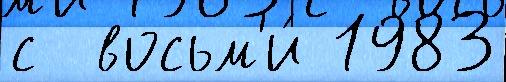
с  восьм'и́ 1983